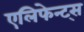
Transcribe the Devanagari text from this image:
एलिफेन्ट्स